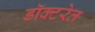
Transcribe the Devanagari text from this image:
डॉक्टरेत